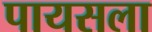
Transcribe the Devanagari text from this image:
पायसला